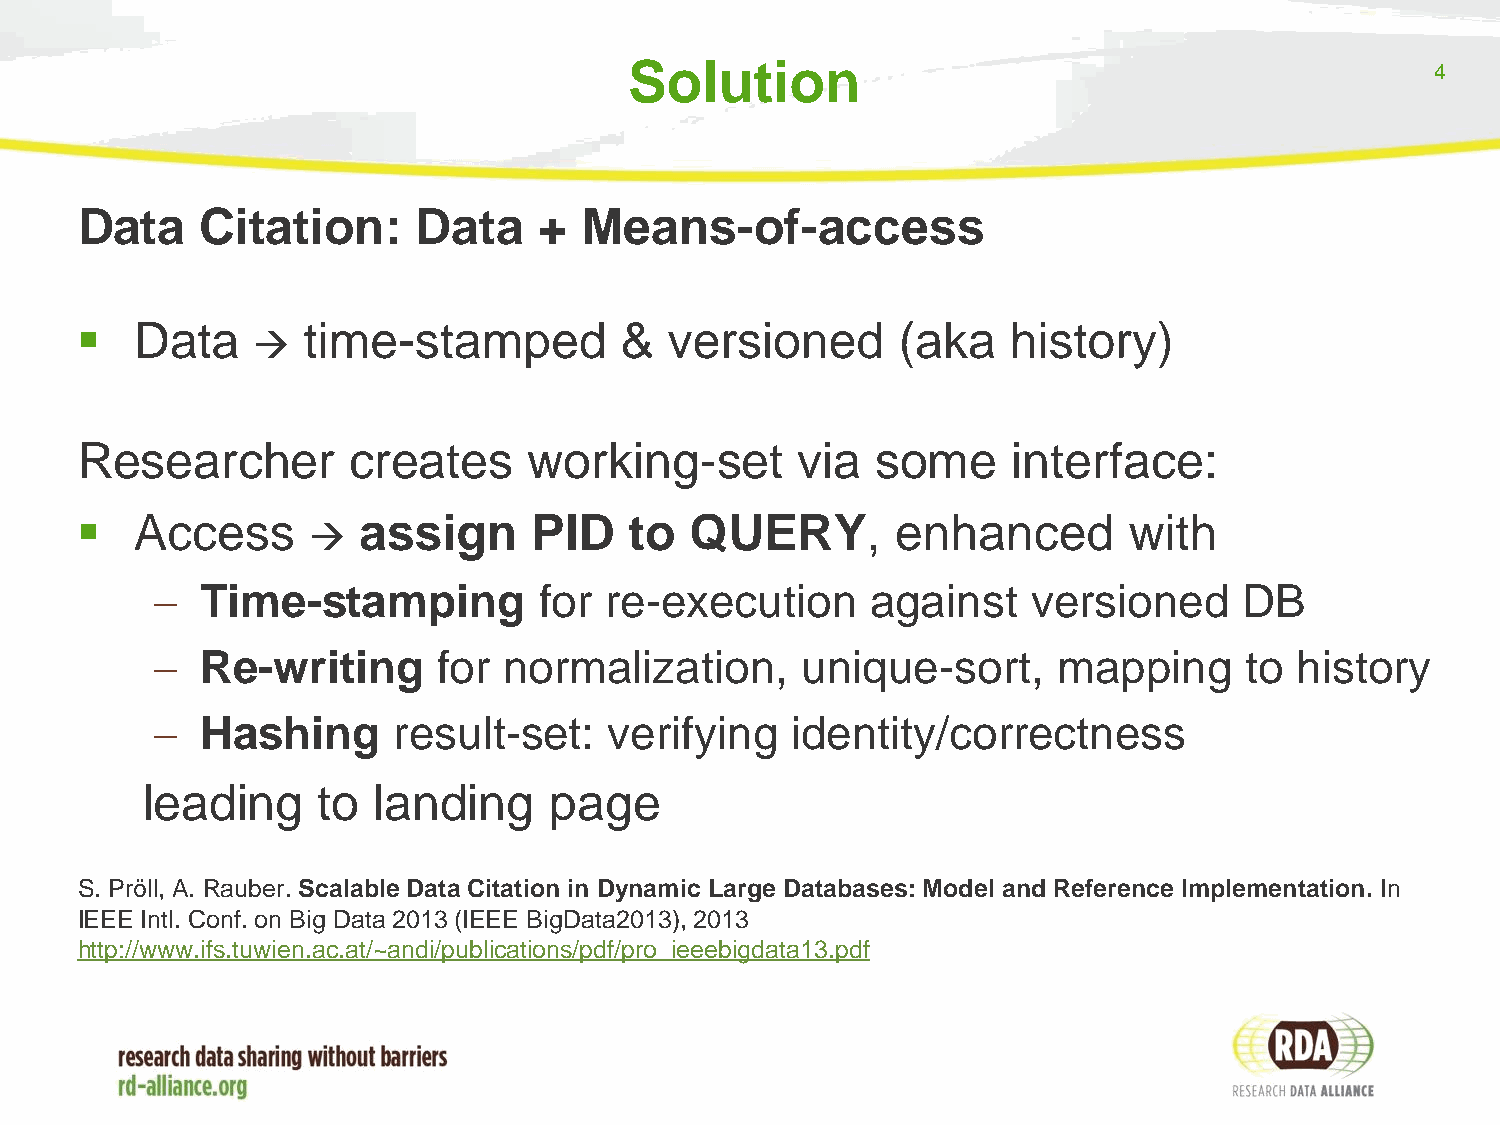
Solution                                             4
 Data    Citation:      Data    +  Means-of-access
    Data       time-stamped         &  versioned      (aka    history)
 
 Researcher        creates     working-set       via  some     interface:
    Access         assign     PID    to  QUERY,       enhanced        with
 
   Time-stamping          for re-execution      against   versioned     DB
   Re-writing      for normalization,      unique-sort,     mapping     to  history
   Hashing      result-set:   verifying   identity/correctness
 leading     to  landing    page
 S. Pröll, A. Rauber. Scalable Data Citation in Dynamic Large Databases: Model and Reference Implementation. In
 IEEE Intl. Conf. on Big Data 2013 (IEEE BigData2013), 2013
 http://www.ifs.tuwien.ac.at/~andi/publications/pdf/pro_ieeebigdata13.pdf